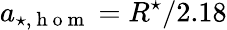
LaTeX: a_{\star,\mathrm{~h~o~m~}}=R^{\star}/2.18